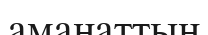
аманаттың